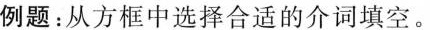
例题:从方框中选择合适的介词填空。